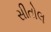
સીતોલ